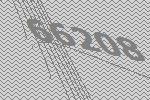
66208